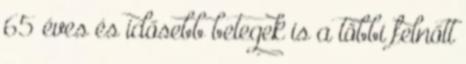
65 éves és idősebb betegek is a többi felnőtt